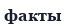
факты